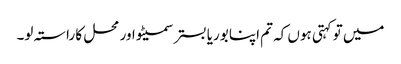
میں تو کہتی ہوں کہ تم اپنا بوریا بستر سمیٹو اور محل کا راستہ لو۔